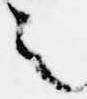
之